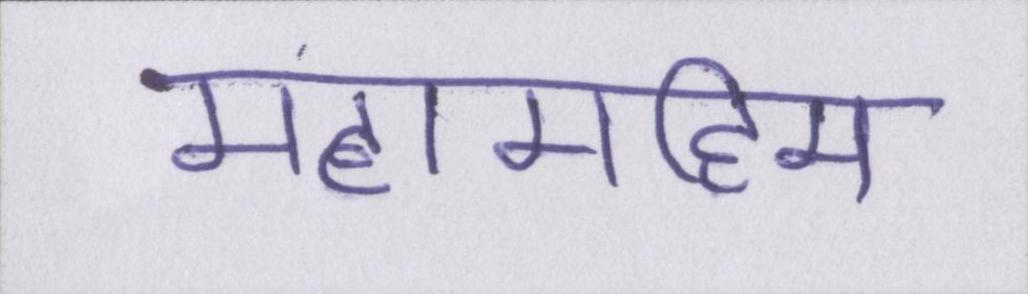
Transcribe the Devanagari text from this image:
महामहिम